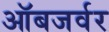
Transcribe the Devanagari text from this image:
ऑबजर्वर